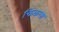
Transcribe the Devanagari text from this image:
चित्कला